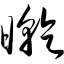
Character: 旰